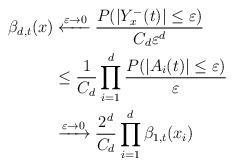
LaTeX: \begin{align*}\beta_{d,t}(x) &\xleftarrow{\varepsilon \to 0} \frac{P(|Y_x^-(t)|\leq \varepsilon)}{C_d\varepsilon^d}\\&\leq \frac{1}{C_d}\prod_{i=1}^d \frac{P(|A_i(t)|\leq \varepsilon)}{\varepsilon}\\& \xrightarrow{\varepsilon \to 0} \frac{2^d}{C_d}\prod_{i=1}^d \beta_{1,t}(x_i)\end{align*}